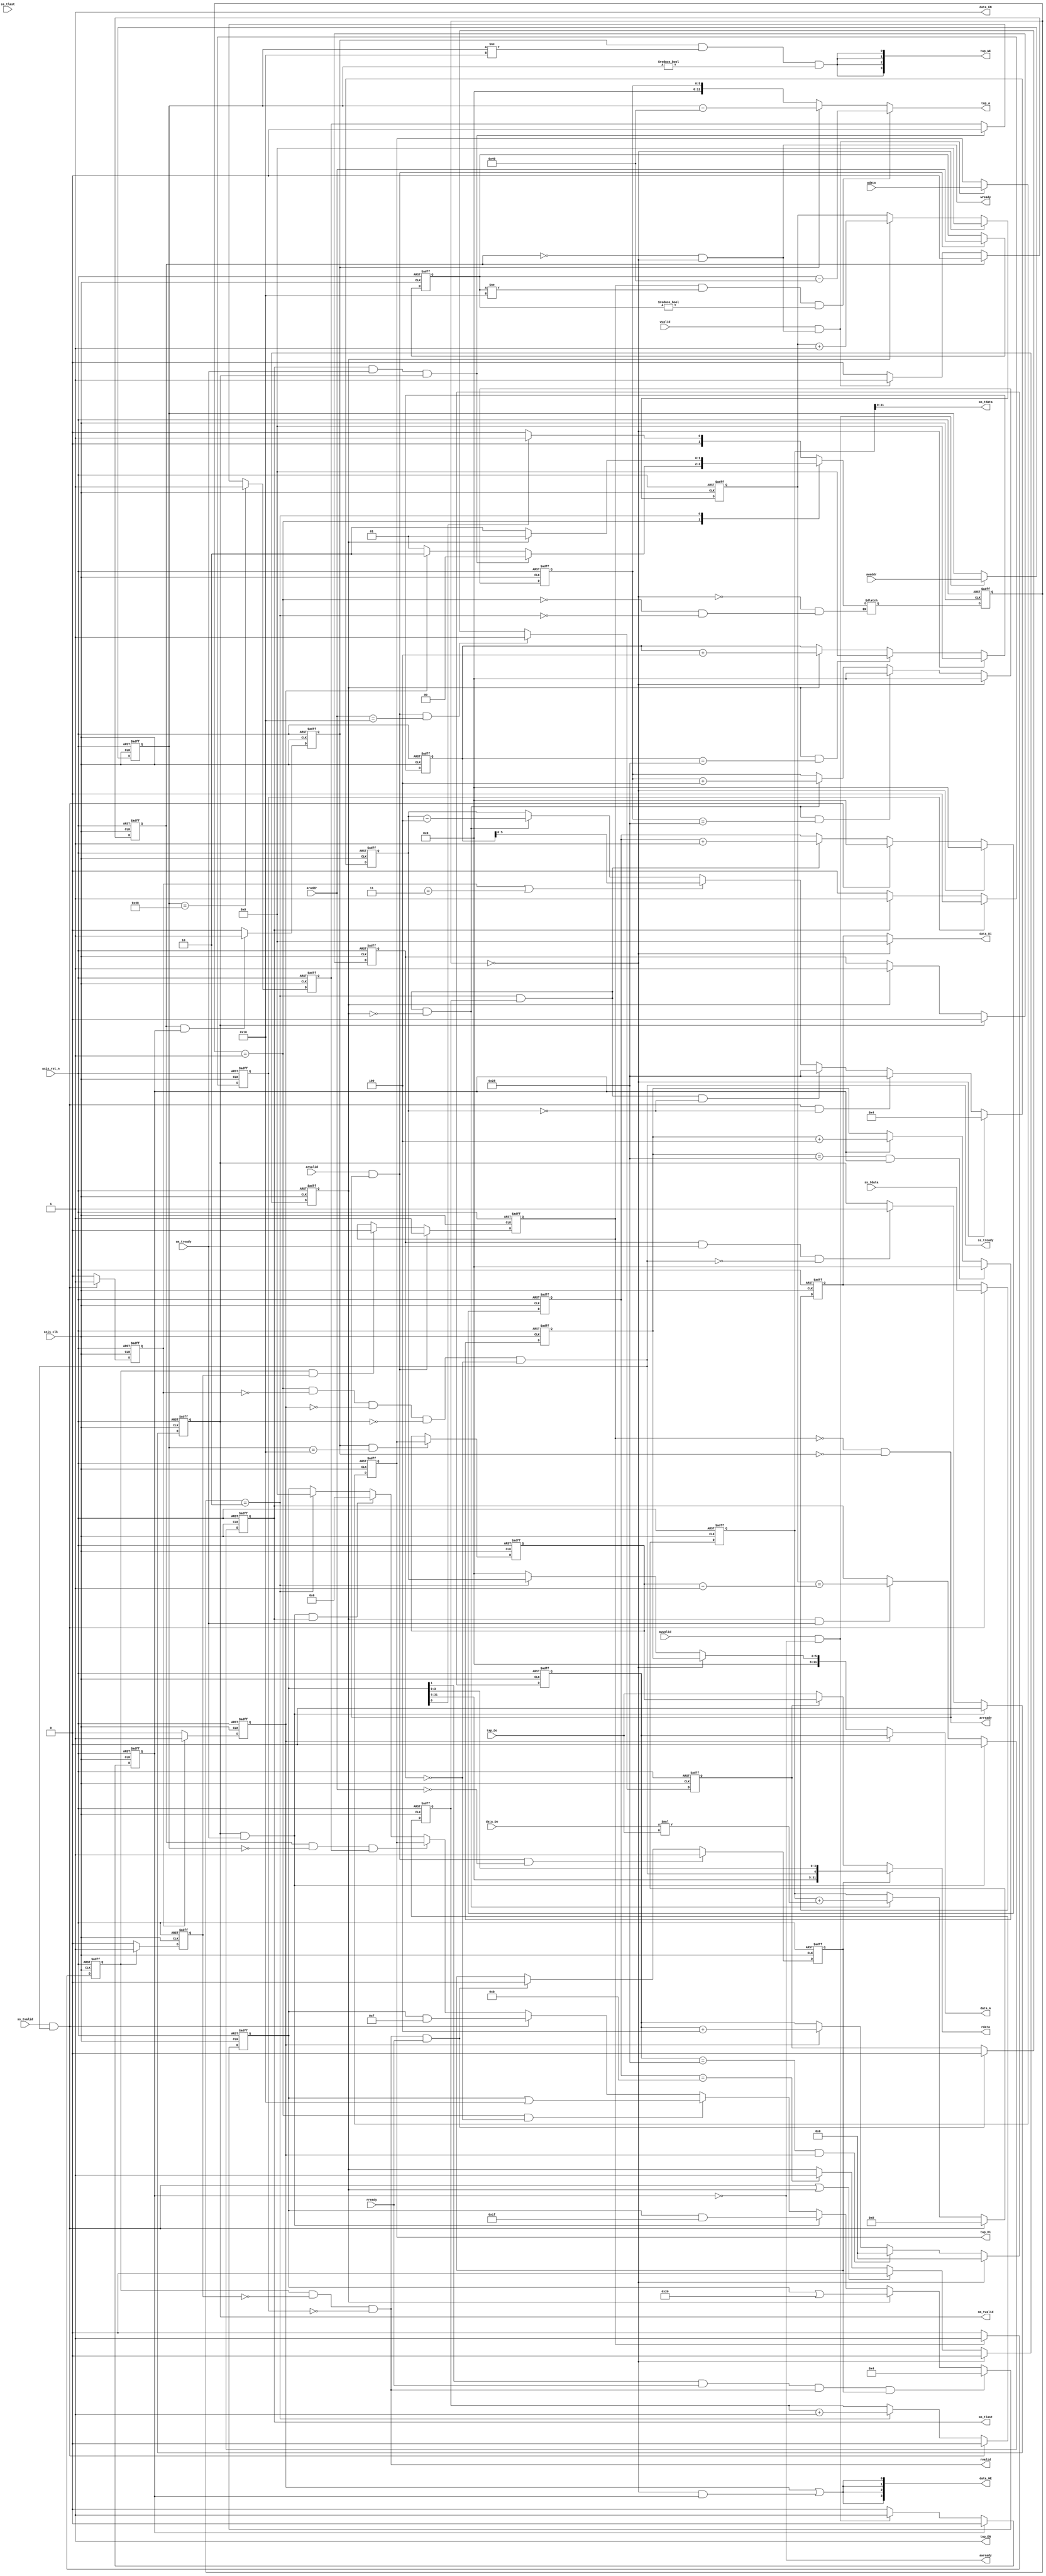
`timescale 1ns / 1ps

module fir 
#(  parameter pADDR_WIDTH = 12,
    parameter pDATA_WIDTH = 32,
    parameter Tape_Num    = 11
)
(
    output  wire                     awready,
    output  wire                     wready,
    input   wire                     awvalid,
    input   wire [(pADDR_WIDTH-1):0] awaddr,
    input   wire                     wvalid,
    input   wire [(pDATA_WIDTH-1):0] wdata,
    output  wire                     arready,
    input   wire                     rready,
    input   wire                     arvalid,
    input   wire [(pADDR_WIDTH-1):0] araddr,
    output  wire                     rvalid,
    output  reg [(pDATA_WIDTH-1):0] rdata,    
    input   wire                     ss_tvalid, 
    input   wire [(pDATA_WIDTH-1):0] ss_tdata, 
    input   wire                     ss_tlast, 
    output  wire                     ss_tready, 
    input   wire                     sm_tready, 
    output  reg                     sm_tvalid, 
    output  wire [(pDATA_WIDTH-1):0] sm_tdata, 
    output  reg                     sm_tlast, 
    
    // bram for tap RAM
    output  wire [3:0]               tap_WE,
    output  wire                     tap_EN,
    output  wire [(pDATA_WIDTH-1):0] tap_Di,
    output  reg [(pADDR_WIDTH-1):0] tap_A,
    input   wire [(pDATA_WIDTH-1):0] tap_Do,

    // bram for data RAM
    output  wire [3:0]               data_WE,
    output  wire                     data_EN,
    output  wire [(pDATA_WIDTH-1):0] data_Di,
    output  reg [(pADDR_WIDTH-1):0] data_A,
    input   wire [(pDATA_WIDTH-1):0] data_Do,

    input   wire                     axis_clk,
    input   wire                     axis_rst_n
);
	parameter IDLE = 2'd00;
	parameter IN = 2'd01;
	parameter COMPUTE = 2'd02;

	reg[1:0] curr_state, next_state;
	reg awvalid_HIGH,wvalid_HIGH,w_done;
	reg arvalid_HIGH,rvalid_HIGH,r_done,rvalid_HIGH_delay,rvalid_HIGH_delay2,rvalid_HIGH_delay3,rvalid_HIGH_delay4;
	reg read_ap, read_len,output_high_r;
	reg [(pADDR_WIDTH-1):0] write_addr,read_addr;
	reg [(pDATA_WIDTH-1):0] write_data,read_data;
	reg [(pDATA_WIDTH-1):0] data_length,data_L,data_L_reg;
	reg [(pDATA_WIDTH-1):0] ap_signal; 
	wire signed[(pDATA_WIDTH-1):0] mult2, mult1;
	wire signed [(pDATA_WIDTH+1):0] mult_result;
	reg signed [(pDATA_WIDTH+1):0] acc;
	reg [(pADDR_WIDTH-1):0] data_w_addr;
	reg [5:0] tap_counter,data_counter,counter,times,last_counter;
	reg compute_counter,output_high,last,ap_can_write,sm_tlast_delay;
	reg [(pDATA_WIDTH-1):0] X_in;
	reg ss_tready_HIGH,ss_tready_HIGH2;
	//FSM
	always@(posedge axis_clk or negedge axis_rst_n)begin
		if(!axis_rst_n)begin
			curr_state <= IDLE;
		end
		else begin
			curr_state <= next_state;
		end
	end
	always@(*)begin
		case(curr_state) 
			IDLE : begin
				if(ap_signal[0]) next_state = IN;
				else next_state = IDLE;
			end
			IN  :begin
				if(sm_tlast && sm_tready && sm_tvalid) next_state = IDLE;
				else if(ss_tready_HIGH2) next_state = COMPUTE;
				else next_state = IN;
			end
			COMPUTE :begin
				if(output_high) next_state = IN;
				else next_state = COMPUTE;
			end
		endcase
	end

	///AXI LITE write
	assign awready = ! awvalid_HIGH;
	assign wready = !wvalid_HIGH&&curr_state==IDLE;
	
	always@(posedge axis_clk or negedge axis_rst_n)begin
		if(!axis_rst_n)begin
			awvalid_HIGH <= 0;
		end
		else if(awvalid_HIGH) awvalid_HIGH <= 0;
		else if(awvalid&&awready) awvalid_HIGH <= 1;
		else if(w_done) awvalid_HIGH <= 0;
		else awvalid_HIGH <= awvalid_HIGH;
	end
	always@(posedge axis_clk or negedge axis_rst_n)begin
		if(!axis_rst_n)begin
			wvalid_HIGH <= 0;
		end
		else if(wvalid_HIGH) wvalid_HIGH <= 0;
		else if(wvalid&&wready) wvalid_HIGH <= 1;
		else if(w_done) wvalid_HIGH <= 0;
		else wvalid_HIGH <= wvalid_HIGH;
	end
	
	always@(posedge axis_clk or negedge axis_rst_n)begin
		if(!axis_rst_n)begin
			w_done <= 0;
		end
		
		else if(wvalid_HIGH&&awvalid_HIGH) w_done <= 1;
		else w_done <= 0;
	end
	always@(posedge axis_clk or negedge axis_rst_n)begin
		if(!axis_rst_n)begin
			write_addr <= 0;
		end
		else if(awvalid&&awready) write_addr <= awaddr;
		else write_addr <= write_addr;
	end
	always@(posedge axis_clk or negedge axis_rst_n)begin
		if(!axis_rst_n)begin
			write_data <= 0;
		end
		else if(wvalid&&wready) write_data <= wdata;
		else write_data <= write_data;
	end
	always@(posedge axis_clk or negedge axis_rst_n)begin
		if(!axis_rst_n)begin
			ap_can_write <= 0;
		end
		else if(write_addr == 'h48) ap_can_write <= 1;
		else if(sm_tlast && sm_tready && sm_tvalid) ap_can_write <= 0;
		else ap_can_write <= ap_can_write;
	end
	//data length
	always@(posedge axis_clk or negedge axis_rst_n)begin
        if(!axis_rst_n)begin
            data_length <= 0;
        end
        else begin
            if(w_done && write_addr == 12'h10) data_length <= write_data;
            else data_length <= data_length;
        end
    end
	///AXI LITE read
	assign tap_EN = 1;
	assign arready = !arvalid_HIGH  && !w_done; 
	assign rvalid = rvalid_HIGH_delay && !rvalid_HIGH_delay2 && !sm_tlast_delay;
	
	always@(posedge axis_clk or negedge axis_rst_n)begin
		if(!axis_rst_n)begin
			arvalid_HIGH <= 0;
		end
		else if(arvalid&&arready) arvalid_HIGH <= 1;
		else if(rvalid_HIGH_delay&&rvalid_HIGH_delay2) arvalid_HIGH <= 0;
		else arvalid_HIGH <= arvalid_HIGH;
	end
	
	always@(posedge axis_clk or negedge axis_rst_n)begin
		if(!axis_rst_n)begin
			rvalid_HIGH_delay <= 0;
		end
		else if(arvalid_HIGH) rvalid_HIGH_delay <= 1;
		else rvalid_HIGH_delay <= 0;
	end
	always@(posedge axis_clk or negedge axis_rst_n)begin
		if(!axis_rst_n)begin
			rvalid_HIGH_delay2 <= 0;
		end
		else if(rvalid_HIGH_delay) rvalid_HIGH_delay2 <= 1;
		else rvalid_HIGH_delay2 <= 0;
	end
	always@(posedge axis_clk or negedge axis_rst_n)begin
		if(!axis_rst_n)begin
			rvalid_HIGH_delay3 <= 0;
		end
		else if(rvalid_HIGH_delay2) rvalid_HIGH_delay3 <= 1;
		else rvalid_HIGH_delay3 <= 0;
	end
	always@(posedge axis_clk or negedge axis_rst_n)begin
		if(!axis_rst_n)begin
			rvalid_HIGH_delay4 <= 0;
		end
		else if(rvalid_HIGH_delay3) rvalid_HIGH_delay4 <= 1;
		else rvalid_HIGH_delay4 <= 0;
	end
	always@(posedge axis_clk or negedge axis_rst_n)begin
		if(!axis_rst_n)begin
			r_done <= 0;
		end
		else if(arvalid_HIGH) r_done <= 1;
		else r_done <= 0;
	end
	always@(posedge axis_clk or negedge axis_rst_n)begin
        if(!axis_rst_n)begin
            read_addr <= 0;
        end
        else begin
            if(arvalid && arready) read_addr <= araddr;
            else read_addr <= read_addr;
        end
    end
	always@(posedge axis_clk or negedge axis_rst_n)begin
		if(!axis_rst_n)begin
			read_ap <= 0;
		end
		else if(arready&&arvalid&&araddr == 12'h00) read_ap <= 1;
		else if(rvalid&&rready) read_ap <= 0;
		else read_ap <= read_ap;
	end
	always@(posedge axis_clk or negedge axis_rst_n)begin
		if(!axis_rst_n)begin
			read_len <= 0;
		end
		else if(arready&&arvalid&&araddr == 12'h10) read_len <= 1;
		else if(rvalid&&rready) read_len <= 0;
		else read_len <= read_len;
	end
	always@(*)begin
		if(read_ap) rdata = {ap_signal[31:5],ss_tready,ap_signal[3:0]};
		else if(read_len) rdata = data_length; 
		else rdata = tap_Do;
	end	
	//tap in
	assign tap_WE = {4{(w_done)&& write_addr != 12'h10 && write_addr != 12'h00 }};
	assign tap_Di = write_data;
	//tap out
	always@(*)begin
		if(arvalid_HIGH&&read_addr != 12'h10&& read_addr != 12'h00) tap_A =  read_addr - 12'h40;
		else if(w_done)  tap_A = write_addr - 12'h40 ;
		else tap_A = tap_counter;
	end
	//AP signal
	always@(posedge axis_clk or negedge axis_rst_n)begin
		 if(!axis_rst_n)begin
            ap_signal <= 32'h0000_0004; //IDLE
        end
		else if(ap_signal[1]==1 &&rready&&rvalid&&read_ap) ap_signal <= 32'h0000_0004; 
		else if(output_high) ap_signal <= ap_signal | 'b100000; //Yn can read
		else if(sm_tvalid&&sm_tready) ap_signal <= ap_signal & 'b011111; //Yn cant read
		else if(curr_state == IN&&!output_high_r) ap_signal <= ap_signal | 'b10000; //Xn can write
		else if(ss_tvalid&&ss_tready) ap_signal <= ap_signal & 'b01111; //Xn cant write
		else if(wvalid_HIGH && write_addr == 12'h00 && ap_can_write) ap_signal <= write_data;
		else if(sm_tready && sm_tvalid && sm_tlast) ap_signal <= 32'h0000_0006;
		else if(curr_state==COMPUTE) ap_signal <= 'h0;
		
	end
	//SSREADY
	assign ss_tready = (curr_state == IN) && !ss_tready_HIGH && !ss_tready_HIGH2 &&!sm_tvalid&&!output_high_r;
	
	always@(posedge axis_clk or negedge axis_rst_n)begin
        if(!axis_rst_n)begin
            X_in <= 0;
        end
        else if(ss_tready && ss_tvalid) X_in <= ss_tdata;
        else X_in <= X_in;  
    end
	always@(posedge axis_clk or negedge axis_rst_n)begin
        if(!axis_rst_n)begin
            ss_tready_HIGH <= 0;
        end
        else if(ss_tready && ss_tvalid) ss_tready_HIGH <= 1;
        else ss_tready_HIGH <= 0;  
    end
	always@(posedge axis_clk or negedge axis_rst_n)begin
        if(!axis_rst_n)begin
            ss_tready_HIGH2 <= 0;
        end
        else if(ss_tready_HIGH ) ss_tready_HIGH2 <= 1;
        else ss_tready_HIGH2 <= 0;  
    end
	//COMPUTE
	assign mult2 = tap_Do;
    assign mult1 = data_Do;
	assign mult_result = mult1 * mult2;
	

	always@(posedge axis_clk or negedge axis_rst_n)begin
        if(!axis_rst_n)begin
            data_L_reg <= 0;
        end
        else begin
			if(curr_state == IDLE) data_L_reg <= 0;
			else if(output_high && data_L_reg  == 'h 28) data_L_reg <= 0;
            else if(output_high) data_L_reg <= data_L_reg + 4;
            else data_L_reg <= data_L_reg;
        end
    end
	
	always@(posedge axis_clk or negedge axis_rst_n)begin
		if(!axis_rst_n)begin
           acc <= 0;
        end
		else if(ss_tready && ss_tvalid ) acc <= 0;
		else if(curr_state==COMPUTE&&compute_counter==1&&!output_high)  acc <= acc + mult_result ;
		else acc <= acc;
	end
	assign data_EN = 1;
	assign data_WE = {4{ss_tready_HIGH2 || curr_state==IDLE && awvalid_HIGH}};
	assign data_Di = (curr_state==IDLE )?0:X_in;
	always@(*)begin
		if(ss_tready_HIGH2) data_A = data_w_addr ;
		else if(curr_state==IDLE) data_A = counter;
		else if(curr_state==COMPUTE)  data_A = data_counter ;
		else data_A = 0;
	end
	always@(posedge axis_clk or negedge axis_rst_n)begin
        if(!axis_rst_n)begin
           counter <= 0;
        end
		else if(counter == 12'h28 && awvalid_HIGH) counter <= 0;
        else if(awvalid_HIGH) counter <= counter + 4;
		else counter <= counter;
    end
	always@(posedge axis_clk or negedge axis_rst_n)begin
        if(!axis_rst_n)begin
           data_w_addr <= 0;
        end
        else if(curr_state == IDLE) data_w_addr <= 0;
		else if(data_w_addr == 12'h28 && ss_tready_HIGH2) data_w_addr <= 0;
        else if(ss_tready_HIGH2) data_w_addr <= data_w_addr + 4;
		else data_w_addr <= data_w_addr;
    end
	always@(posedge axis_clk or negedge axis_rst_n)begin
        if(!axis_rst_n)begin
           tap_counter <= 0;
        end
        else if(curr_state == IDLE) tap_counter <= 0;
		else if(curr_state == COMPUTE&& compute_counter==1 &&!output_high && tap_counter == 'h28) tap_counter <= 0;
        else if(curr_state == COMPUTE&& compute_counter==1 &&!output_high) tap_counter <= tap_counter + 4;
		else tap_counter <= tap_counter;
    end
	always@(posedge axis_clk or negedge axis_rst_n)begin
        if(!axis_rst_n)begin
           data_counter <= 4;
        end
        else if(curr_state == IDLE) data_counter <= 4;
		else if(ss_tready && ss_tvalid&&data_counter==0) data_counter <= 'h28;
        else if(curr_state == COMPUTE&& compute_counter==1&&data_counter==0) data_counter <= 'h28;
		else if(ss_tready_HIGH||last_counter==3) data_counter <= data_L_reg;
        else if(curr_state == COMPUTE&& compute_counter==1 &&!output_high) data_counter <= data_counter - 4;
		else data_counter <= data_counter;
    end
	always@(posedge axis_clk or negedge axis_rst_n)begin
        if(!axis_rst_n)begin
           compute_counter <= 0;
        end
		else if(ss_tready && ss_tvalid ) compute_counter <= 0;
        else if(curr_state == COMPUTE) compute_counter <= compute_counter + 1; 
    end
	always@(posedge axis_clk or negedge axis_rst_n)begin
        if(!axis_rst_n)begin
           times <= 0;
        end
        else if(curr_state == IDLE) times <= 0;
		else if(ss_tready && ss_tvalid ) times <= 0;
        else if(curr_state == COMPUTE&& compute_counter==1) times <= times + 1;
		else times <= times;
    end
	always@(posedge axis_clk or negedge axis_rst_n)begin
        if(!axis_rst_n)begin
           output_high <= 0;
        end
        else if(curr_state == IDLE) output_high <= 0;
		else if(ss_tready && ss_tvalid || output_high ) output_high <= 0;
        else if(times==11) output_high <= 1;
		else output_high <= output_high;
    end
	//sm signal
	assign sm_tdata = acc;
	always@(posedge axis_clk or negedge axis_rst_n)begin
        if(!axis_rst_n)begin
           sm_tvalid <= 0;
        end
        else if(sm_tvalid && sm_tready) sm_tvalid <= 0;
		else if(output_high_r && sm_tready && !ss_tready)sm_tvalid <= 1;
        else sm_tvalid <= sm_tvalid;
    end
	always@(posedge axis_clk or negedge axis_rst_n)begin
        if(!axis_rst_n)begin
           output_high_r <= 0;
        end
        else if(sm_tvalid) output_high_r <= 0;
		else if(output_high) output_high_r <= 1;
		else output_high_r <= output_high_r;
    end
	always@(posedge axis_clk or negedge axis_rst_n)begin
        if(!axis_rst_n)begin
            sm_tlast <= 0;
        end
        else begin
            if(sm_tvalid && sm_tready) sm_tlast <= 0;
            else if(output_high && sm_tready) sm_tlast <= (data_L == data_length - 1);
            else sm_tlast <= sm_tlast;
        end
    end
	always@(posedge axis_clk or negedge axis_rst_n)begin
        if(!axis_rst_n)begin
            data_L <= 0;
        end
        else begin
			if(curr_state == IDLE) data_L <= 0;
            else if(output_high) data_L <= data_L + 1;
            else data_L <= data_L;
        end
    end
	always@(posedge axis_clk or negedge axis_rst_n)begin
        if(!axis_rst_n)begin
            sm_tlast_delay <= 0;
        end
        else begin
			if(sm_tlast_delay) sm_tlast_delay <= 0;
            else if(sm_tlast) sm_tlast_delay <= 1;
            else sm_tlast_delay <= 0;
        end
    end
	/*always@(posedge axis_clk or negedge axis_rst_n)begin
		if(!axis_rst_n)begin
            last_counter <= 0;
        end
        else begin
			if(curr_state == IN) last_counter <= last_counter +1;
			else if(curr_state == COMPUTE || curr_state == IDLE) last_counter <=0;
			else last_counter <= last_counter;
        end
	end
	always@(posedge axis_clk or negedge axis_rst_n)begin
		if(!axis_rst_n)begin
            last <= 0;
        end
		else if(last_counter==3 && curr_state == IN) last<=1;
		else if(curr_state== IDLE) last <=0;
		else last <= last;
	end*/
	
endmodule